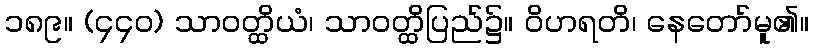
၁၈၉။ (၄၄၀) သာဝတ္ထိယံ၊ သာဝတ္ထိပြည်၌။ ဝိဟရတိ၊ နေတော်မူ၏။